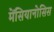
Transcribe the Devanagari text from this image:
मेंसियानोसिस